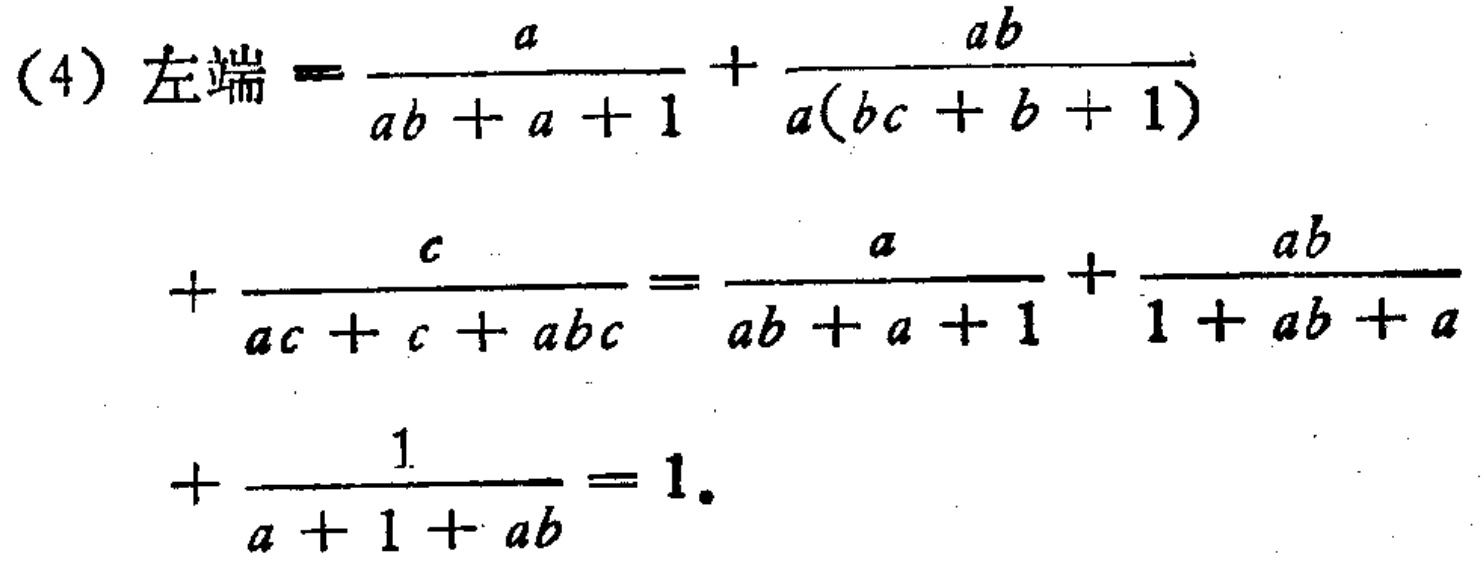
\[
\begin{align*}
&(4)\text{ 左端}=\frac{a}{ab + a + 1}+\frac{ab}{a(bc + b + 1)}\\
&+\frac{c}{ac + c + abc}=\frac{a}{ab + a + 1}+\frac{ab}{1 + ab + a}\\
&+\frac{1}{a + 1 + ab}=1.
\end{align*}
\]